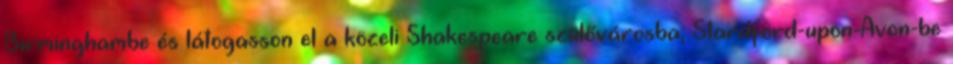
Birminghambe és látogasson el a közeli Shakespeare szülővárosba, Stardford-upon-Avon-be